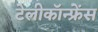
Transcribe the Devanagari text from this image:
टेलीकॉन्फ्रेंस